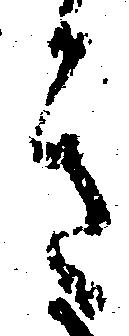
き